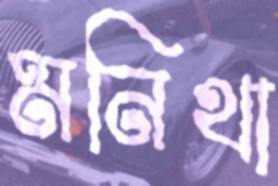
মনিথা